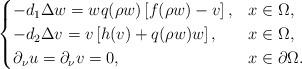
LaTeX: \begin{align*}\begin{cases} -d_1\Delta w=wq(\rho w)\left[f(\rho w)-v\right], & x\in \Omega,\\ -d_2\Delta v=v\left[h(v) +q(\rho w)w\right], & x\in\Omega, \\ \partial_\nu u=\partial_\nu v=0,& x\in \partial \Omega.\\\end{cases}\end{align*}